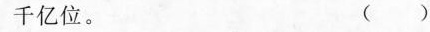
千亿位。 （ ）